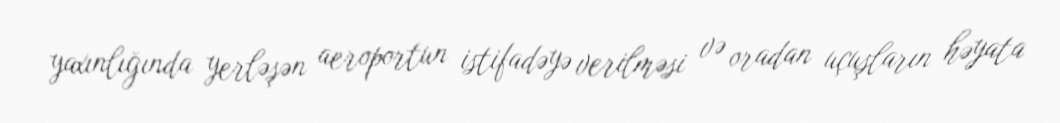
yaxınlığında yerləşən aeroportun istifadəyə verilməsi və oradan uçuşların həyata